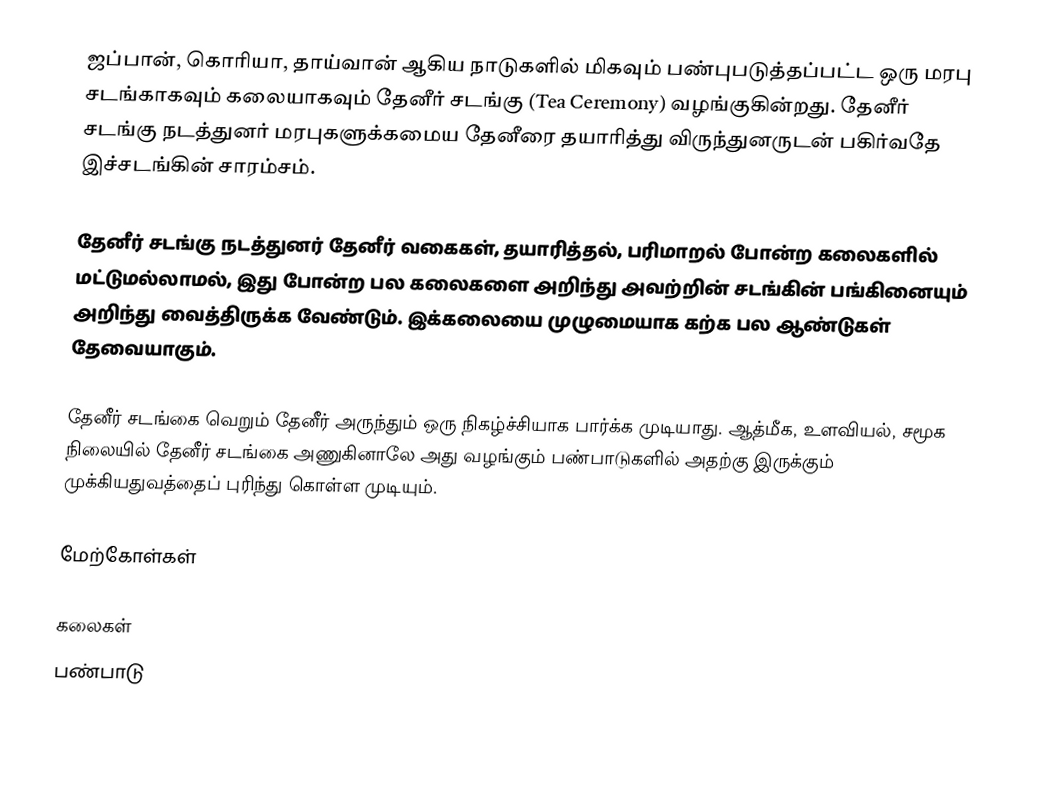
ஜப்பான், கொரியா, தாய்வான் ஆகிய நாடுகளில் மிகவும் பண்புபடுத்தப்பட்ட ஒரு மரபு சடங்காகவும் கலையாகவும் தேனீர் சடங்கு (Tea Ceremony) வழங்குகின்றது.  தேனீர் சடங்கு நடத்துனர் மரபுகளுக்கமைய தேனீரை தயாரித்து விருந்துனருடன் பகிர்வதே இச்சடங்கின் சாரம்சம்.

தேனீர் சடங்கு நடத்துனர் தேனீர் வகைகள், தயாரித்தல், பரிமாறல் போன்ற கலைகளில் மட்டுமல்லாமல், இது போன்ற பல கலைகளை அறிந்து அவற்றின் சடங்கின் பங்கினையும் அறிந்து வைத்திருக்க வேண்டும்.  இக்கலையை முழுமையாக கற்க பல ஆண்டுகள் தேவையாகும்.

தேனீர் சடங்கை வெறும் தேனீர் அருந்தும் ஒரு நிகழ்ச்சியாக பார்க்க முடியாது.  ஆத்மீக, உளவியல், சமூக நிலையில் தேனீர் சடங்கை அணுகினாலே அது வழங்கும் பண்பாடுகளில் அதற்கு இருக்கும் முக்கியதுவத்தைப் புரிந்து கொள்ள முடியும்.

மேற்கோள்கள்

கலைகள்
பண்பாடு